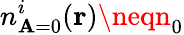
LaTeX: {n_{\mathbf{A}=0}^{i}(\mathbf{{r}})}\neqn_{0}